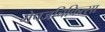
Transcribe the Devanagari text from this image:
भेषजचिकित्सा